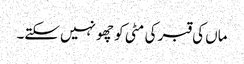
ماں کی قبر کی مٹی کو چھو نہیں سکتے۔